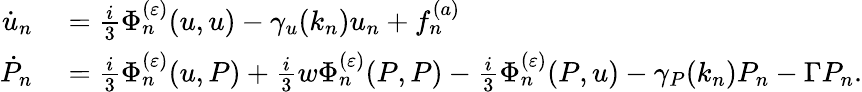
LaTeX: \begin{array}{rl}{\dot{u}_{n}}&{{}=\frac{i}{3}\Phi_{n}^{(\varepsilon)}(u,u)-\gamma_{u}(k_{n})u_{n}+f_{n}^{(a)}}\\ {\dot{P}_{n}}&{{}=\frac{i}{3}\Phi_{n}^{(\varepsilon)}(u,P)+\frac{i}{3}w\Phi_{n}^{(\varepsilon)}(P,P)-\frac{i}{3}\Phi_{n}^{(\varepsilon)}(P,u)-\gamma_{P}(k_{n})P_{n}-\Gamma P_{n}.}\end{array}